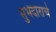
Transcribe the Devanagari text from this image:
सुभेदाराचे